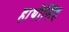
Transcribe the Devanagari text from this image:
हाथीसिंह